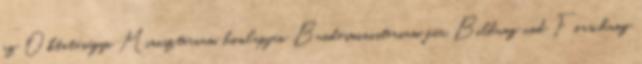
az Oktatásügyi Minisztérium honlapján Bundesministerium für Bildung und Forschung